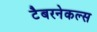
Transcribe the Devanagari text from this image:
टैबरनेकल्स